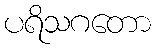
ပရိသဂတော